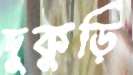
দুকুড়ি